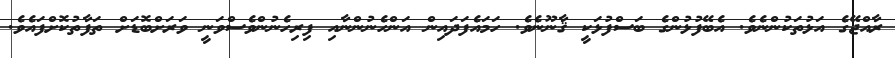
ރާއްޖޭގެ އަޅުތަކުންނެވެ. އެބޭފުޅުންގެ ބަސްފުޅަކީ ޤާނޫނެވެ. ހަމައެފަދައިން އަންހެނުންނާއި ފިރިހެނުންވެސްވަނީ ވަރަށްބޮޑަށް ތަފާތުކޮށްފައެވެ.